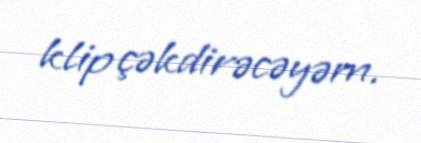
klip çəkdirəcəyəm.